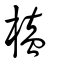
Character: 榼